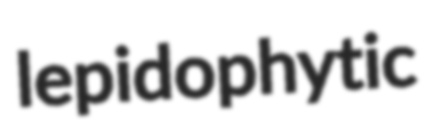
lepidophytic